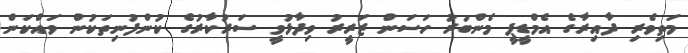
މަތިވެރި ދާއިރާގެ އެމްޑީޕީ މެންބަރު ހަސަން ޒަރީރު ވިދާޅުވީ ސަރުކާރުގެ ކުންފުނިތަކުން ވައްކަން